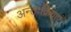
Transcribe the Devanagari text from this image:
अन्तःक्रियाएं